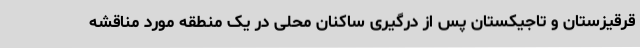
قرقیزستان و تاجیکستان پس از درگیری ساکنان محلی در یک منطقه مورد مناقشه